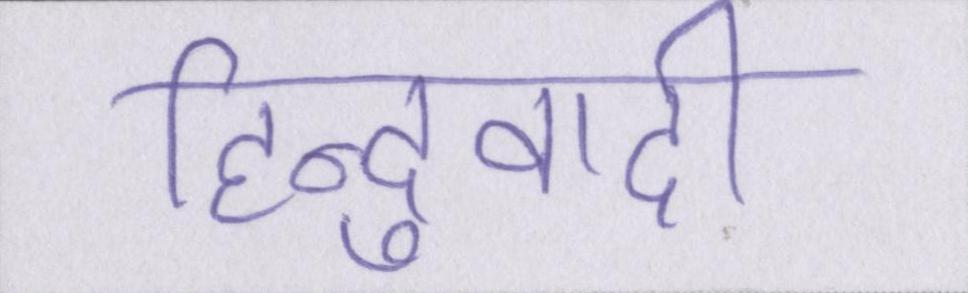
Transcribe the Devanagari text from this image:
हिन्दुवादी